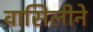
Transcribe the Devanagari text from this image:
वासिलीने